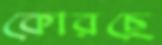
কোরছে